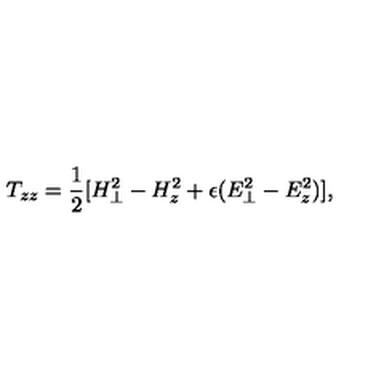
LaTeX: T _ { z z } = { \frac { 1 } { 2 } } [ H _ { \perp } ^ { 2 } - H _ { z } ^ { 2 } + \epsilon ( E _ { \perp } ^ { 2 } - E _ { z } ^ { 2 } ) ] ,